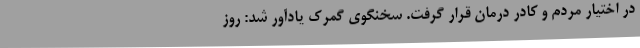
در اختیار مردم و کادر درمان قرار گرفت. سخنگوی گمرک یادآور شد: روز